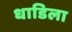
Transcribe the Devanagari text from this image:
धाडिला